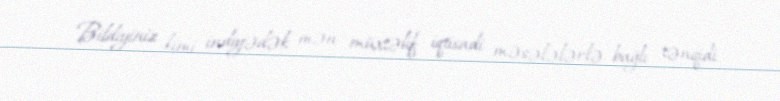
Bildiyiniz kimi, indiyədək mən müxtəlif iqtisadi məsələlərlə bağlı tənqidi